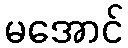
မအောင်